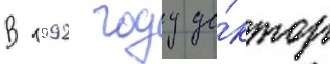
В 1992 году до́ктор